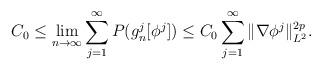
LaTeX: \begin{align*} C_0\leq \lim_{n\to\infty}\sum_{j=1}^{\infty}P(g_n^j[\phi^j])\leq C_0\sum_{j=1}^{\infty}\|\nabla \phi^j\|_{L^2}^{2p}. \end{align*}